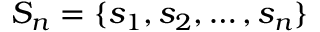
S _ { n } = \{ s _ { 1 } , s _ { 2 } , \ldots , s _ { n } \}